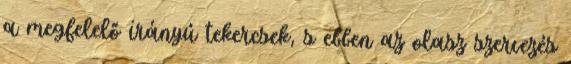
a megfelelő irányú tekercsek, s ebben az olasz szervezés